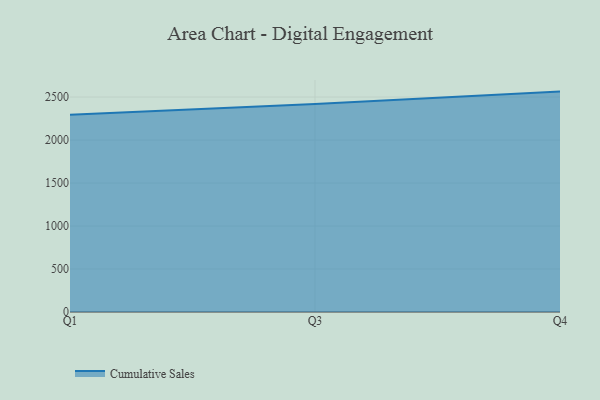
{"axis": {"x": "Quarter", "y": "Budget (USD K)"}, "legend": ["Cumulative Sales"], "data": [{"x": "Q1", "y": 2293.2, "type": "Cumulative Sales"}, {"x": "Q3", "y": 2420.5, "type": "Cumulative Sales"}, {"x": "Q4", "y": 2563.4, "type": "Cumulative Sales"}]}